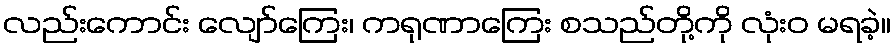
လည်းကောင်း လျော်ကြေး၊ ကရုဏာကြေး စသည်တို့ကို လုံးဝ မရခဲ့။